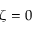
\zeta = 0